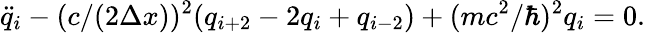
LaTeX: \ddot{q}_{i}-(c/(2\Delta x))^{2}(q_{i+2}-2q_{i}+q_{i-2})+(mc^{2}/\hbar)^{2}q_{i}=0.